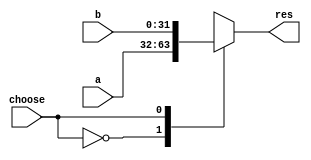
`timescale 1ns / 1ps
//////////////////////////////////////////////////////////////////////////////////
// Company: 
// Engineer: 
// 
// Design Name: 
// Module Name: selector
// Project Name: 
// Target Devices: 
// Tool Versions: 
// Description: 
// 
// Dependencies: 
// 
// Revision:
// Revision 0.01 - File Created
// Additional Comments:
// 
//////////////////////////////////////////////////////////////////////////////////


module mux # (parameter WIDTH=32)(
    input [WIDTH-1:0]a,
    input [WIDTH-1:0]b,
    input choose,
    output reg [WIDTH-1:0]res
    
    );
    always@(*)
    begin
        case(choose)
            1'b0: res=a;
            1'b1: res=b;
        endcase
    end
    
endmodule

module mux4 # (parameter WIDTH=32)(
    input [WIDTH-1:0]a,
    input [WIDTH-1:0]b,
    input [WIDTH-1:0]c,
    input [WIDTH-1:0]d,
    input [1:0]choose,
    output reg [WIDTH-1:0]res
    
    );
    always@(*)
    begin
        case(choose)
            2'd0: res=a;
            2'd1: res=b;
            2'd2: res=c;
            2'd3: res=d;
        endcase
    end
    
endmodule

module mux8 # (parameter WIDTH=32)(
    input [WIDTH-1:0]a,
    input [WIDTH-1:0]b,
    input [WIDTH-1:0]c,
    input [WIDTH-1:0]d,
    input [WIDTH-1:0]e,
    input [WIDTH-1:0]f,
    input [WIDTH-1:0]g,
    input [WIDTH-1:0]h,
    input [2:0]choose,
    output reg [WIDTH-1:0]res
    
    );
    always@(*)
    begin
        case(choose)
            3'd0: res=a;
            3'd1: res=b;
            3'd2: res=c;
            3'd3: res=d;
            3'd4: res=e;
            3'd5: res=f;
            3'd6: res=g;
            3'd7: res=h;
        endcase
    end
    
endmodule